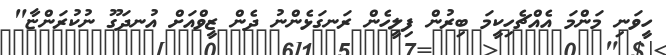
ހީވަނި މަންމަ އެއްޗެހިކީމަ ބިރުން ފިލީހެން ރަނގަޅެންނު ދެން ޒީވްއަށް އުނދަގޫ ނުކުރަންޏާ"